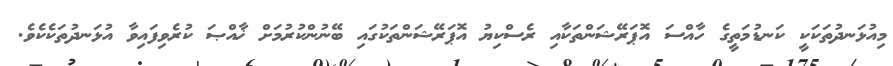
މިއުޅަނދުތަކަކީ ކަނޑުމަތީގެ ހާއްސަ އޮޕަރޭޝަންތަކާއި ރެސްކިޔު އޮޕަރޭޝަންތަކުގައި ބޭނުންކުރުމަށް ޚާއްޞަ ކުރެވިފައިވާ އުޅަނދުތަކެކެވެ.